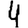
Digit: 4